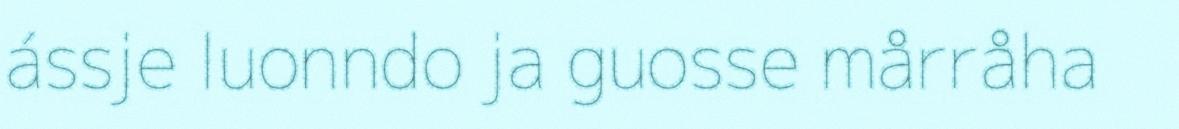
ássje luonndo ja guosse mårråha